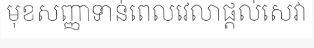
មុខសញ្ញាទាន់ពេលវេលាផ្តល់សេវា